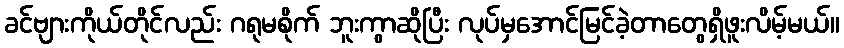
ခင်ဗျားကိုယ်တိုင်လည်း ဂရုမစိုက် ဘူးကွာဆိုပြီး လုပ်မှအောင်မြင်ခဲ့တာတွေရှိဖူးလိမ့်မယ်။